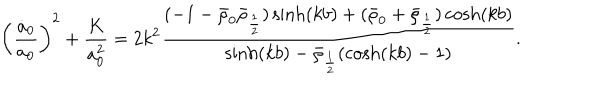
\left( \frac { \dot { a } _ { 0 } } { a _ { 0 } } \right) ^ { 2 } + \frac { K } { a _ { 0 } ^ { 2 } } = 2 k ^ { 2 } \frac { ( - 1 - \bar { \rho } _ { 0 } \bar { \rho } _ { \frac 1 2 } ) \sinh ( k b ) + ( \bar { \rho } _ { 0 } + \bar { \rho } _ { \frac 1 2 } ) \cosh ( k b ) } { \sinh ( k b ) - \bar { \rho } _ { \frac 1 2 } ( \cosh ( k b ) - 1 ) } .